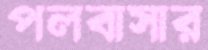
পলবাসার